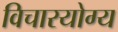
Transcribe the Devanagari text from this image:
विचारयोग्य